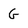
Character: G